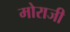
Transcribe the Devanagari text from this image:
मोराजी